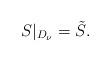
LaTeX: \begin{align*}S|_{D_{\nu}}=\tilde{S}.\end{align*}